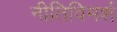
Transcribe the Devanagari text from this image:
नीतिविमर्श